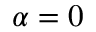
\alpha = 0